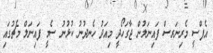
އެފްސީ މެރިނަރސް ފައިނަލުން ޖާގަހޯދީ މިއަދު ހެނދުނު ކުޅުނު ސެމީ ފައިނަލް މެޗުގައި